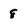
Character: 8